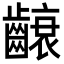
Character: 𮯐